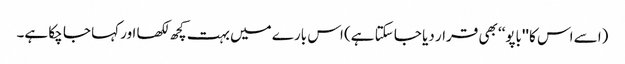
(اسے اس کا ''باپو‘‘ بھی قرار دیا جا سکتا ہے) اس بارے میں بہت کچھ لکھا اور کہا جا چکا ہے۔